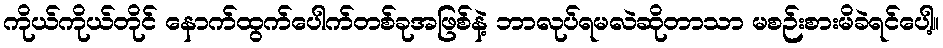
ကိုယ်ကိုယ်တိုင် နောက်ထွက်ပေါက်တစ်ခုအဖြစ်နဲ့ ဘာလုပ်ရမလဲဆိုတာသာ မစဉ်းစားမိခဲရင်ပေါ့။